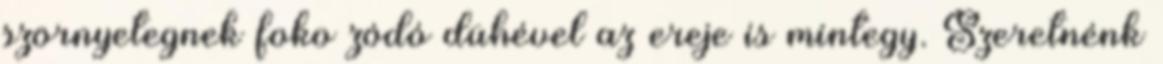
szörnyetegnek foko zódó dühével az ereje is mintegy. Szeretnénk